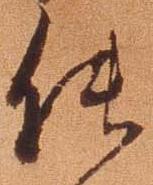
能